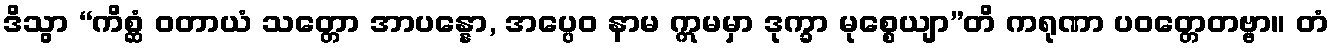
ဒိသွာ “ကိစ္ဆံ ဝတာယံ သတ္တော အာပန္နော, အပ္ပေဝ နာမ ဣမမှာ ဒုက္ခာ မုစ္စေယျာ”တိ ကရုဏာ ပဝတ္တေတဗ္ဗာ။ တံ